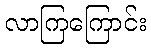
လာကြကြောင်း